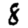
Digit: 8